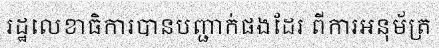
រដ្ឋលេខាធិការបានបញ្ជាក់ផងដែរ ពីការអនុម័ត្រ